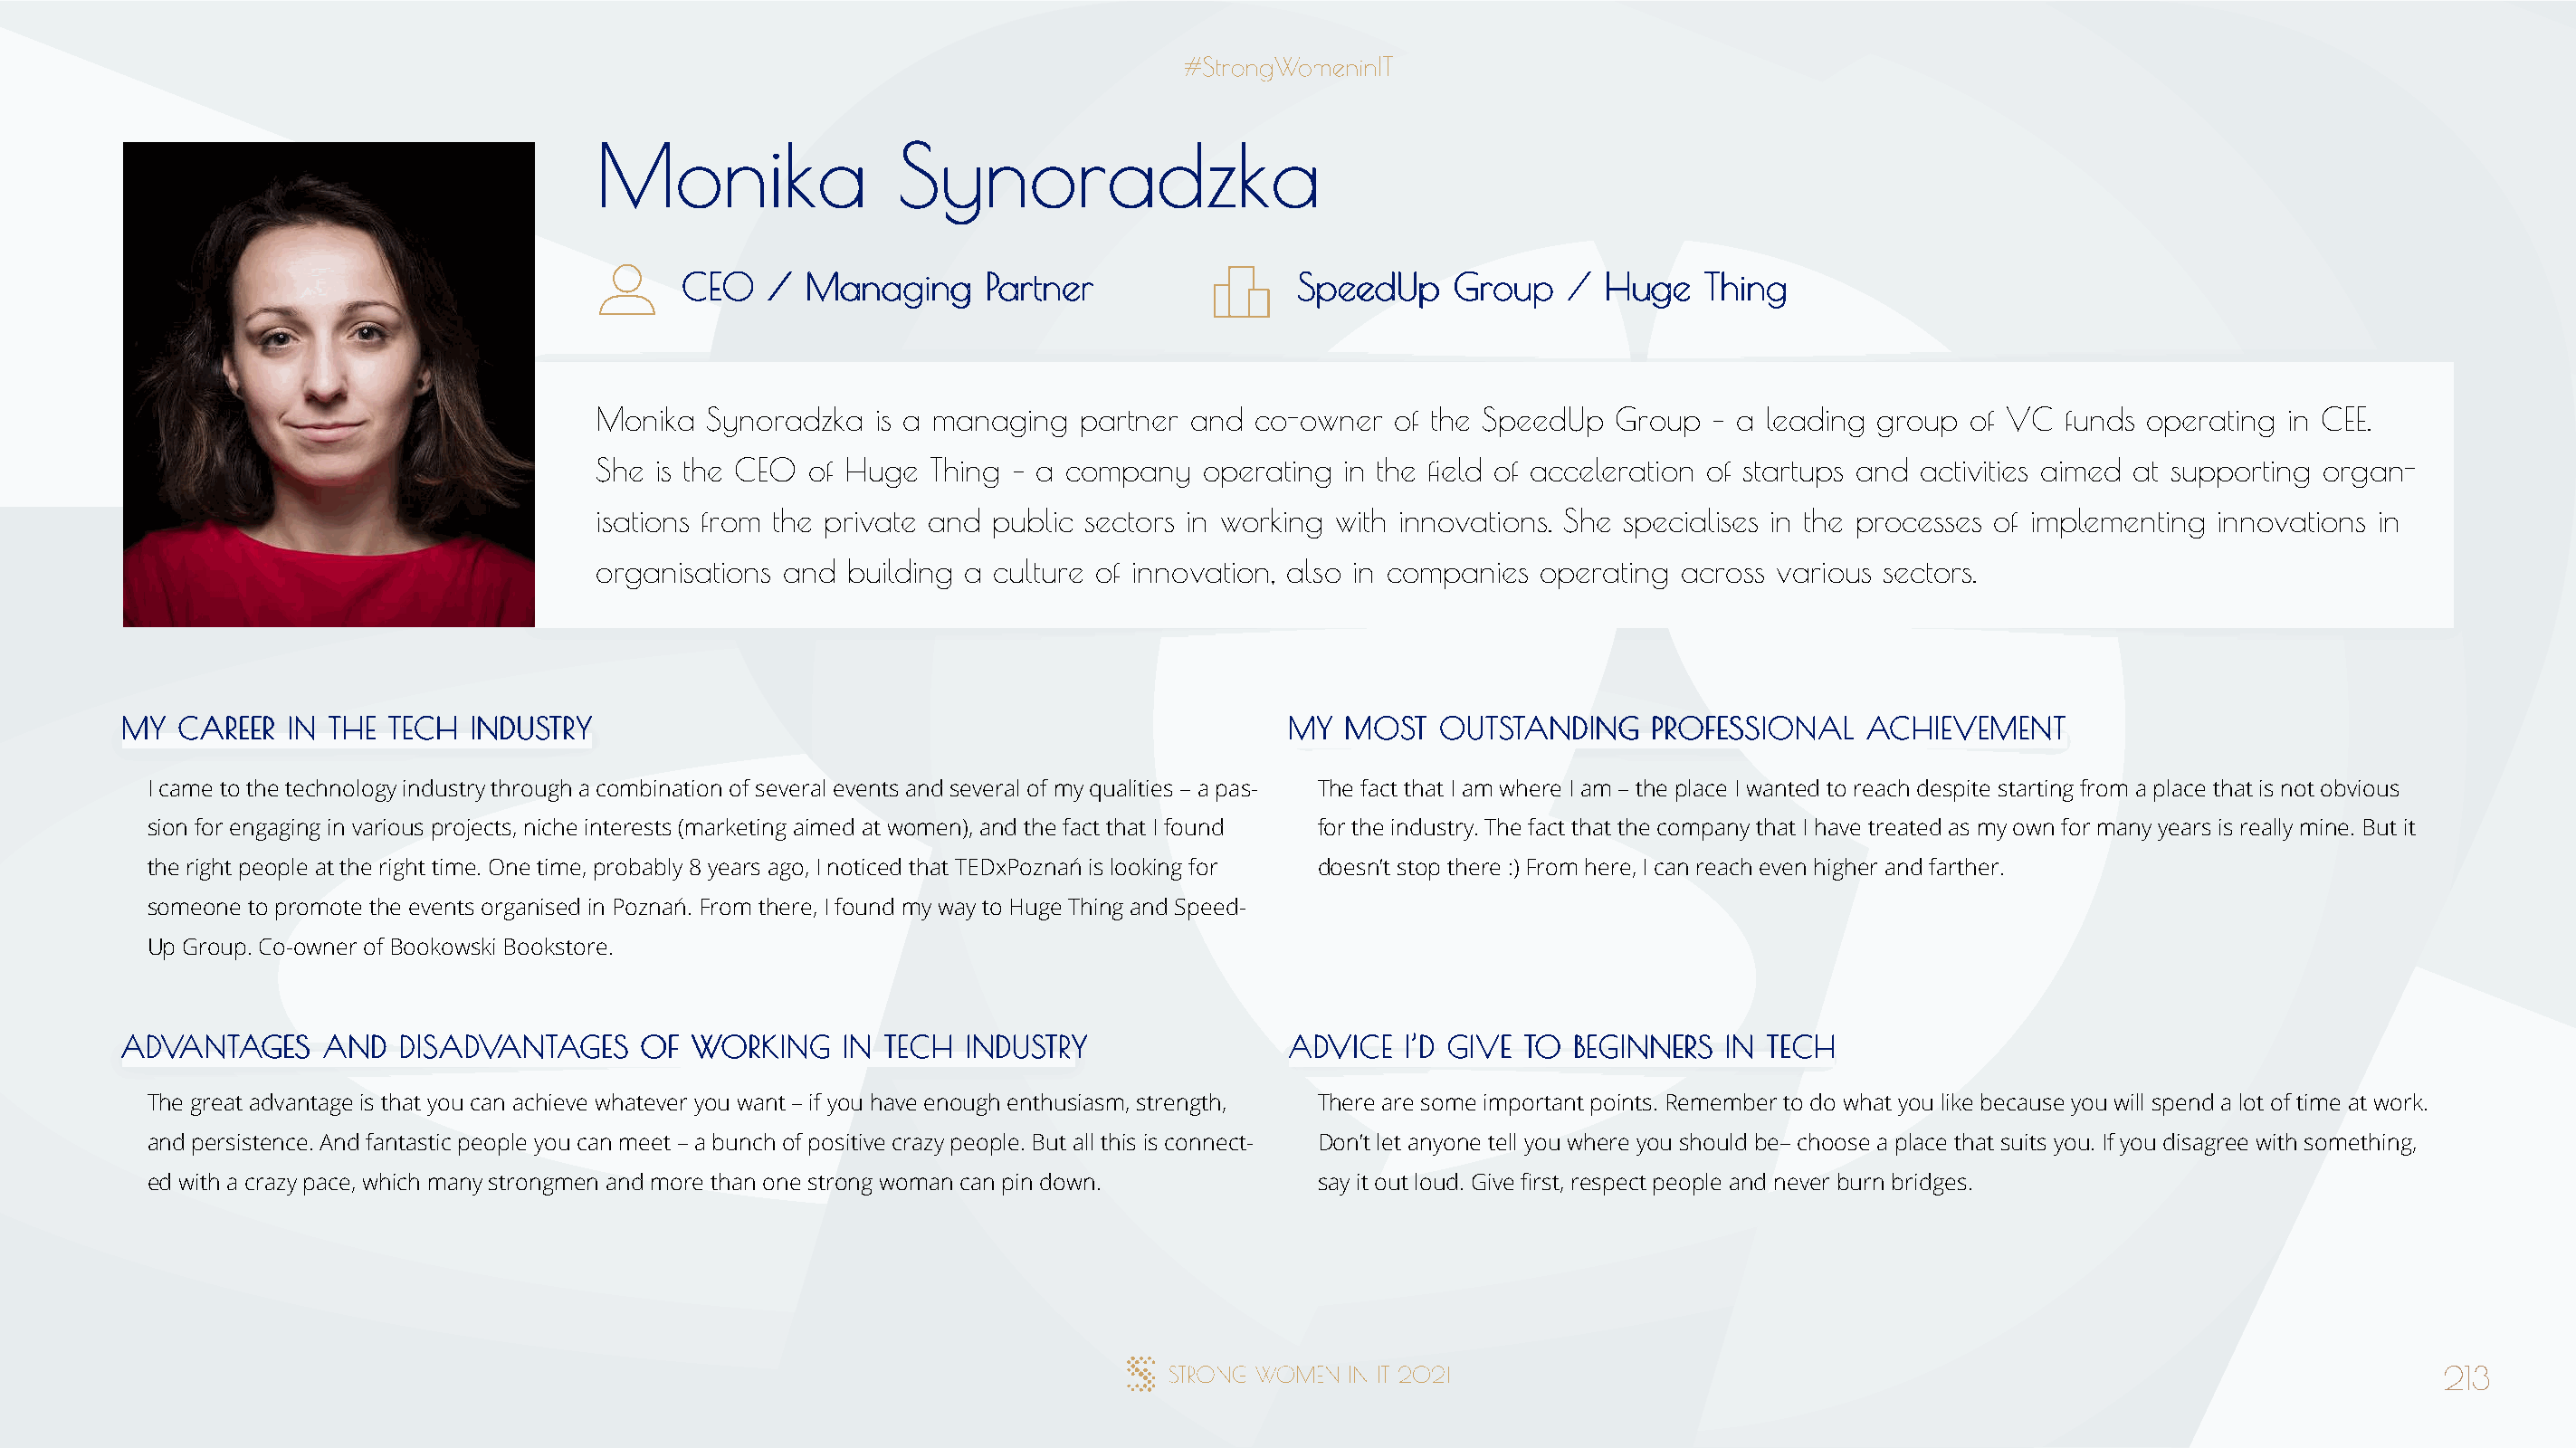
MMoonniikkaa          SSyynnoorraaddzzkkaa
 CCEEOO // MMaannaaggiinngg PPaarrttnneerr    SSppeeeeddUUpp GGrroouupp // HHuuggee TThhiinngg
 Monika  Synoradzka  is a managing  partner and  co-owner  of the SpeedUp  Group  – a leading group  of VC  funds operating in CEE.
 She is the CEO of Huge  Thing – a company   operating in the field of acceleration of startups and activities aimed at supporting organ-
 isations from the private and public sectors in working with innovations. She specialises in the processes of implementing innovations in
 organisations and building a culture of innovation, also in companies operating across various sectors.
 MMYY CCAARREEEERR IINN TTHHEE TTEECCHH IINNDDUUSSTTRRYY                              MMYY MMOOSSTT OOUUTTSSTTAANNDDIINNGG PPRROOFFEESSSSIIOONNAALL AACCHHIIEEVVEEMMEENNTT
 I came to the technology industry through a combination of several events and several of my qualities – a pas- The fact that I am where I am – the place I wanted to reach despite starting from a place that is not obvious
 sion for engaging in various projects, niche interests (marketing aimed at women), and the fact that I found for the industry. The fact that the company that I have treated as my own for many years is really mine. But it
 the right people at the right time. One time, probably 8 years ago, I noticed that TEDxPoznań is looking for doesn’t stop there :) From here, I can reach even higher and farther.
 someone to promote the events organised in Poznań. From there, I found my way to Huge Thing and Speed-
 Up Group. Co-owner of Bookowski Bookstore.
 AADDVVAANNTTAAGGEESS AANNDD DDIISSAADDVVAANNTTAAGGEESS OOFF WWOORRKKIINNGG IINN TTEECCHH IINNDDUUSSTTRRYY AADDVVIICCEE II’’DD GGIIVVEE TTOO BBEEGGIINNNNEERRSS IINN TTEECCHH
 The great advantage is that you can achieve whatever you want – if you have enough enthusiasm, strength, There are some important points. Remember to do what you like because you will spend a lot of time at work.
 and persistence. And fantastic people you can meet – a bunch of positive crazy people. But all this is connect- Don’t let anyone tell you where you should be– choose a place that suits you. If you disagree with something,
 ed with a crazy pace, which many strongmen and more than one strong woman can pin down. say it out loud. Give first, respect people and never burn bridges.
 213